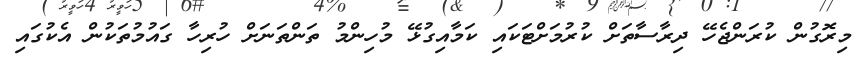
މިރޮގުން ކުރަންޖެހޭ ދިރާސާތަށް ކުރުމަށްޓަކައި ކަމާއިގުޅޭ މުހިންމު ތަންތަނަށް ހުރިހާ ގައުމުތަކުން އެކުގައި